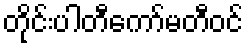
တိုင်းပါတီကော်မတီဝင်